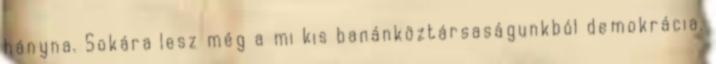
hányna. Sokára lesz még a mi kis banánköztársaságunkból demokrácia.